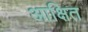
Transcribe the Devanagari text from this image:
आक्षित